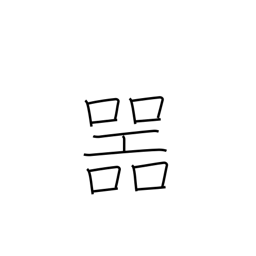
Meaning: receptacle